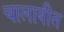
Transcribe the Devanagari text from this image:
चालावीत